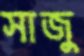
সাজু